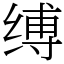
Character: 缚